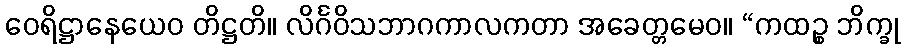
ဝေရိဋ္ဌာနေယေဝ တိဋ္ဌတိ။ လိင်္ဂဝိသဘာဂကာလကတာ အခေတ္တမေဝ။ “ကထဉ္စ ဘိက္ခု